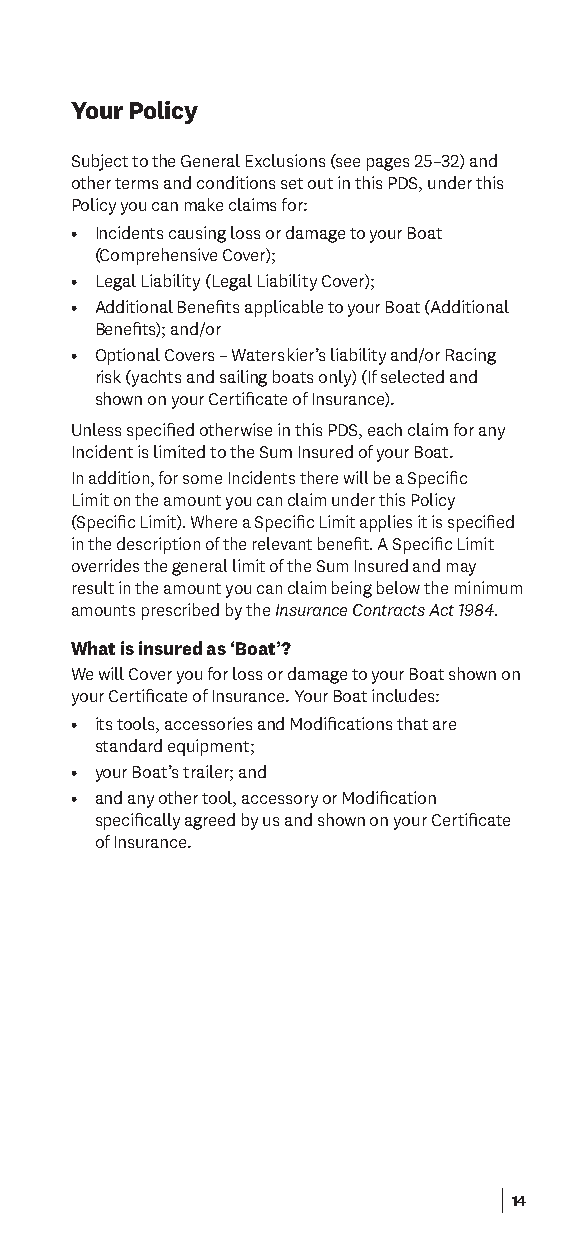
Your Policy
 Subject to the General Exclusions (see pages 25–32) and
 other terms and conditions set out in this PDS, under this
 Policy you can make claims for:
 • Incidents causing loss or damage to your Boat
 (Comprehensive Cover);
 • Legal Liability (Legal Liability Cover);
 • Additional Benefts applicable to your Boat (Additional
 Benefts); and/or
 • Optional Covers – Waterskier’s liability and/or Racing
 risk (yachts and sailing boats only) (If selected and
 shown on your Certifcate of Insurance).
 Unless specifed otherwise in this PDS, each claim for any
 Incident is limited to the Sum Insured of your Boat.
 In addition, for some Incidents there will be a Specifc
 Limit on the amount you can claim under this Policy
 (Specifc Limit). Where a Specifc Limit applies it is specifed
 in the description of the relevant beneft. A Specifc Limit
 overrides the general limit of the Sum Insured and may
 result in the amount you can claim being below the minimum
 amounts prescribed by the Insurance Contracts Act 1984.
 What is insured as ‘Boat’?
 We will Cover you for loss or damage to your Boat shown on
 your Certifcate of Insurance. Your Boat includes:
 • its tools, accessories and Modifcations that are
 standard equipment;
 • your Boat’s trailer; and
 • and any other tool, accessory or Modifcation
 specifcally agreed by us and shown on your Certifcate
 of Insurance.
 14